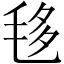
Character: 𣭧